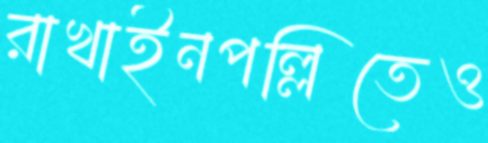
রাখাইনপল্লিতেও